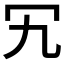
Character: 𠕴